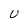
Character: U